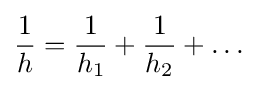
{1 \over h}={1 \over h_{1}}+{1 \over h_{2}}+\dots